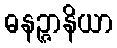
ဓနဉ္ဇာနိယာ